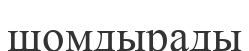
шомдырады